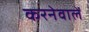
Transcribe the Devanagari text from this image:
करनेवालें